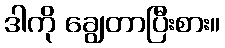
ဒါကို ချွေတာပြီးစား။